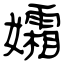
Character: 孀